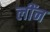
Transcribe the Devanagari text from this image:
लींन